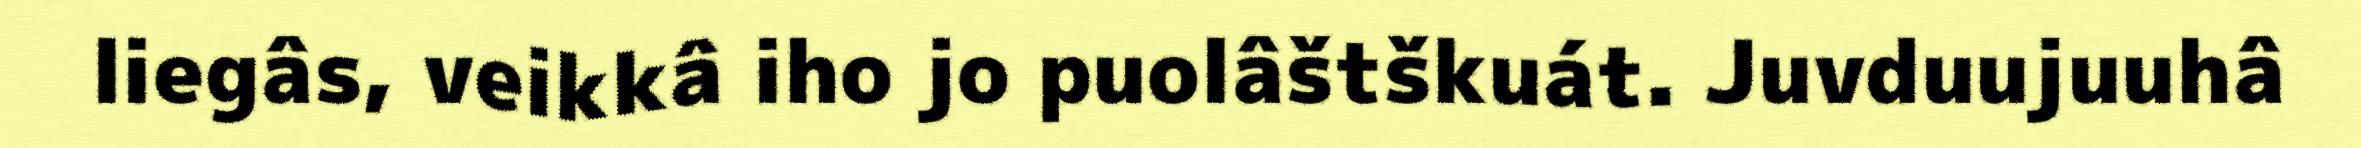
liegâs, veikkâ iho jo puolâštškuát. Juvduujuuhâ